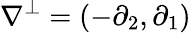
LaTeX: \nabla^{\perp}=(-\partial_{2},\partial_{1})